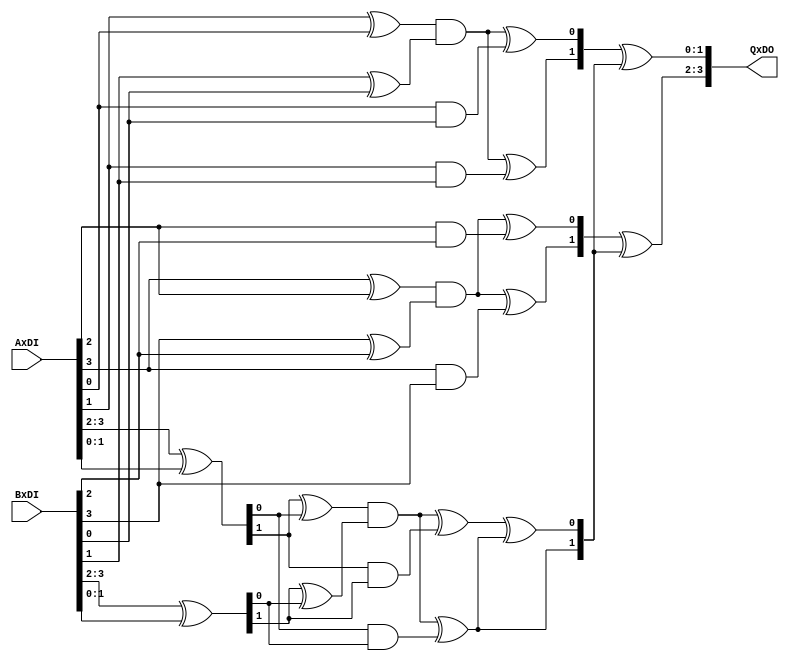
`timescale 1ns / 1ps
//////////////////////////////////////////////////////////////////////////////////
// Company: 
// Engineer: 
// 
// Design Name: 
// Module Name:    gf4_mul 
// Project Name: 
// Target Devices: 
// Tool versions: 
// Description: 
//
// Dependencies: 
//
// Revision: 
// Revision 0.01 - File Created
// Additional Comments: 
//
//////////////////////////////////////////////////////////////////////////////////
//multiplier in gf2^4 
module gf4_mul(
   input [3:0]  AxDI,
   input [3:0]  BxDI,
   output reg[3:0] QxDO
	);
	
	reg [3:0]      A;
	reg [3:0]      B;
	reg [3:0]      Q_norm;
	reg [1:0]      PH;
	reg [1:0]      PL;
	reg [1:0]      P;
	reg [1:0]      AA;
	reg [1:0]      BB;
	
	always @(AxDI or BxDI)
	begin
	   A[3] = AxDI[3];
		A[2] = AxDI[2];
		A[1] = AxDI[1];
      A[0] = AxDI[0];
            
      B[3] = BxDI[3];
      B[2] = BxDI[2];
      B[1] = BxDI[1];
      B[0] = BxDI[0];
      
      //Canright:      
      PH[0] = ((A[3] ^ A[2]) & (B[3] ^ B[2])) ^ (A[2] & B[2]);
      PH[1] = ((A[3] ^ A[2]) & (B[3] ^ B[2])) ^ (A[3] & B[3]);
            
      PL[0] = ((A[1] ^ A[0]) & (B[1] ^ B[0])) ^ (A[0] & B[0]);
      PL[1] = ((A[1] ^ A[0]) & (B[1] ^ B[0])) ^ (A[1] & B[1]);
            
      AA = ({A[3], A[2]}) ^ ({A[1], A[0]});
      BB = ({B[3], B[2]}) ^ ({B[1], B[0]});
            
      P[1] = ((AA[1] ^ AA[0]) & (BB[1] ^ BB[0])) ^ (AA[0] & BB[0]);
      P[0] = ((AA[1] ^ AA[0]) & (BB[1] ^ BB[0])) ^ (AA[1] & BB[1]) ^ P[1];
            
      Q_norm = {(PH ^ P), (PL ^ P)};
            
		//Bilgin:
      //Q_norm(3) := (A(3) and B(3) ) xor ( A(1) and B(3) ) xor ( A(0) and B(3) ) xor ( A(2) and B(2) ) xor ( A(1) and B(2)) xor (A(3) and B(1) ) xor ( A(2) and B(1) ) xor ( A(1) and B(1) ) xor ( A(0) and B(1) ) xor ( A(3) and B(0)) xor (A(1) and B(0) );
      //Q_norm(2) := (A(2) and B(3) ) xor ( A(1) and B(3) ) xor ( A(3) and B(2) ) xor ( A(2) and B(2) ) xor ( A(0) and B(2)) xor (A(3) and B(1) ) xor ( A(1) and B(1) ) xor ( A(2) and B(0) ) xor ( A(0) and B(0) );
      //Q_norm(1) := (A(3) and B(3) ) xor ( A(2) and B(3) ) xor ( A(1) and B(3) ) xor ( A(0) and B(3) ) xor ( A(3) and B(2)) xor (A(1) and B(2) ) xor ( A(3) and B(1) ) xor ( A(2) and B(1) ) xor ( A(1) and B(1) ) xor ( A(3) and B(0)) xor (A(0) and B(0) );
      //Q_norm(0) := (A(3) and B(3) ) xor ( A(1) and B(3) ) xor ( A(2) and B(2) ) xor ( A(0) and B(2) ) xor ( A(3) and B(1)) xor (A(0) and B(1) ) xor ( A(2) and B(0) ) xor ( A(1) and B(0) ) xor ( A(0) and B(0) );
		
      QxDO[3] = Q_norm[3];
      QxDO[2] = Q_norm[2];
      QxDO[1] = Q_norm[1];
      QxDO[0] = Q_norm[0];
   end
  
endmodule